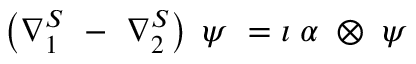
\left( \nabla _ { 1 } ^ { S } \ - \ \nabla _ { 2 } ^ { S } \right) \; \psi \ = \i \; \alpha \; \otimes \; \psi